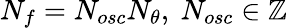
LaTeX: N_{f}=N_{osc}N_{\theta},\ N_{osc}\in\mathbb{Z}